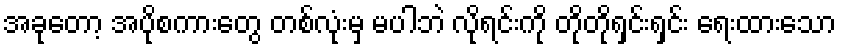
အခုတော့ အပိုစကားတွေ တစ်လုံးမှ မပါဘဲ လိုရင်းကို တိုတိုရှင်းရှင်း ရေးထားသော